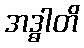
အဒ္ဓါတိ